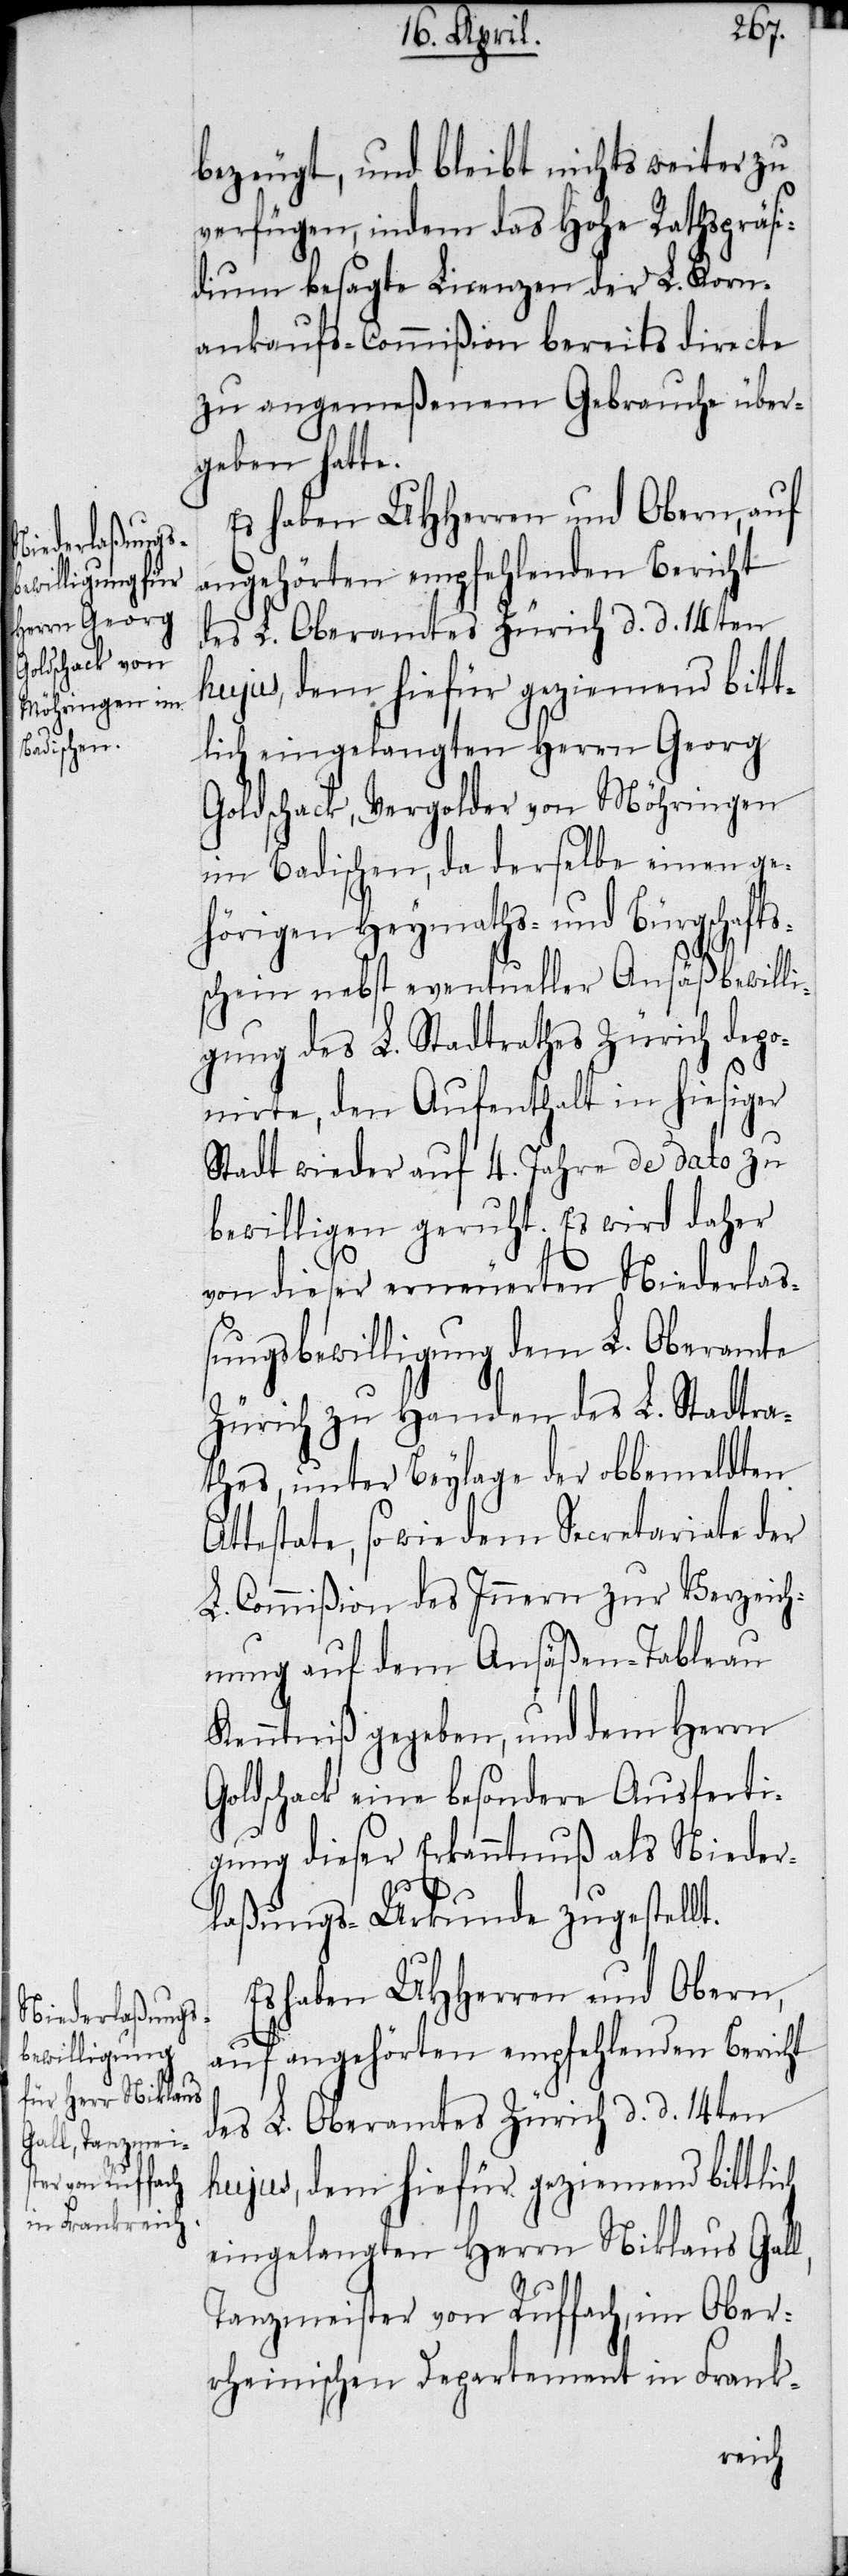
bezeugt, und bleibt nichts weiter zu
verfügen, indem das Hohe Rathspräsi¬
dium besagte Licenzen der L. Korn¬
ankaufs-Commißion bereits directe
zu angemeßenem Gebrauche über¬
geben hatte.
Es haben UHHerren und Obern, auf
angehörten empfehlenden Bericht
des L. Oberamtes Zürich d. d. 14ten
hujus, dem hiefür geziemend bitt¬
lich eingelangten Herrn Georg
Goldschack, Vergolder von Möhringen
im Badischen, da derselbe einen ge¬
hörigen Heymaths- und Bürgschafts¬
schein nebst eventueller Ansäßbewilli¬
gung des L. Stadtrathes Zürich depo¬
nirte, den Aufenthalt in hiesiger
Stadt wieder auf 4. Jahre de dato zu
bewilligen geruht. Es wird daher
von dieser erneuerten Niederla¬
ßungsbewilligung dem L. Oberamte
Zürich zu Handen des L. Stadtra¬
thes, unter Beylage der obbemeldten A¬
ttestate, so wie dem Secretariate der
L. Commißion des Innern zur Verzeich¬
nung auf dem Ansäßen-Tableau
Kenntniß gegeben, und dem Herrn
Goldschack eine besondere Ausferti¬
gung dieser Erkanntnuß als Nieder¬
laßungs-Urkunde zugestellt.
Es haben UHHerren und Obern,
auf angehörten empfehlenden Bericht
des L. Oberamtes Zürich d. d. 14ten
hujus, dem hiefür geziemend bittlich
eingelangten Herrn Niklaus Gall,
Tanzmeister von Ruffach, im Ober¬
rheinischen Departement in Frank-